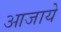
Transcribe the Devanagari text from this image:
आजाये